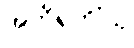
အဘိရုဟိံသု